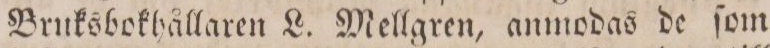
Bruksbothållaren L. Mellgren, anmodas de ſom